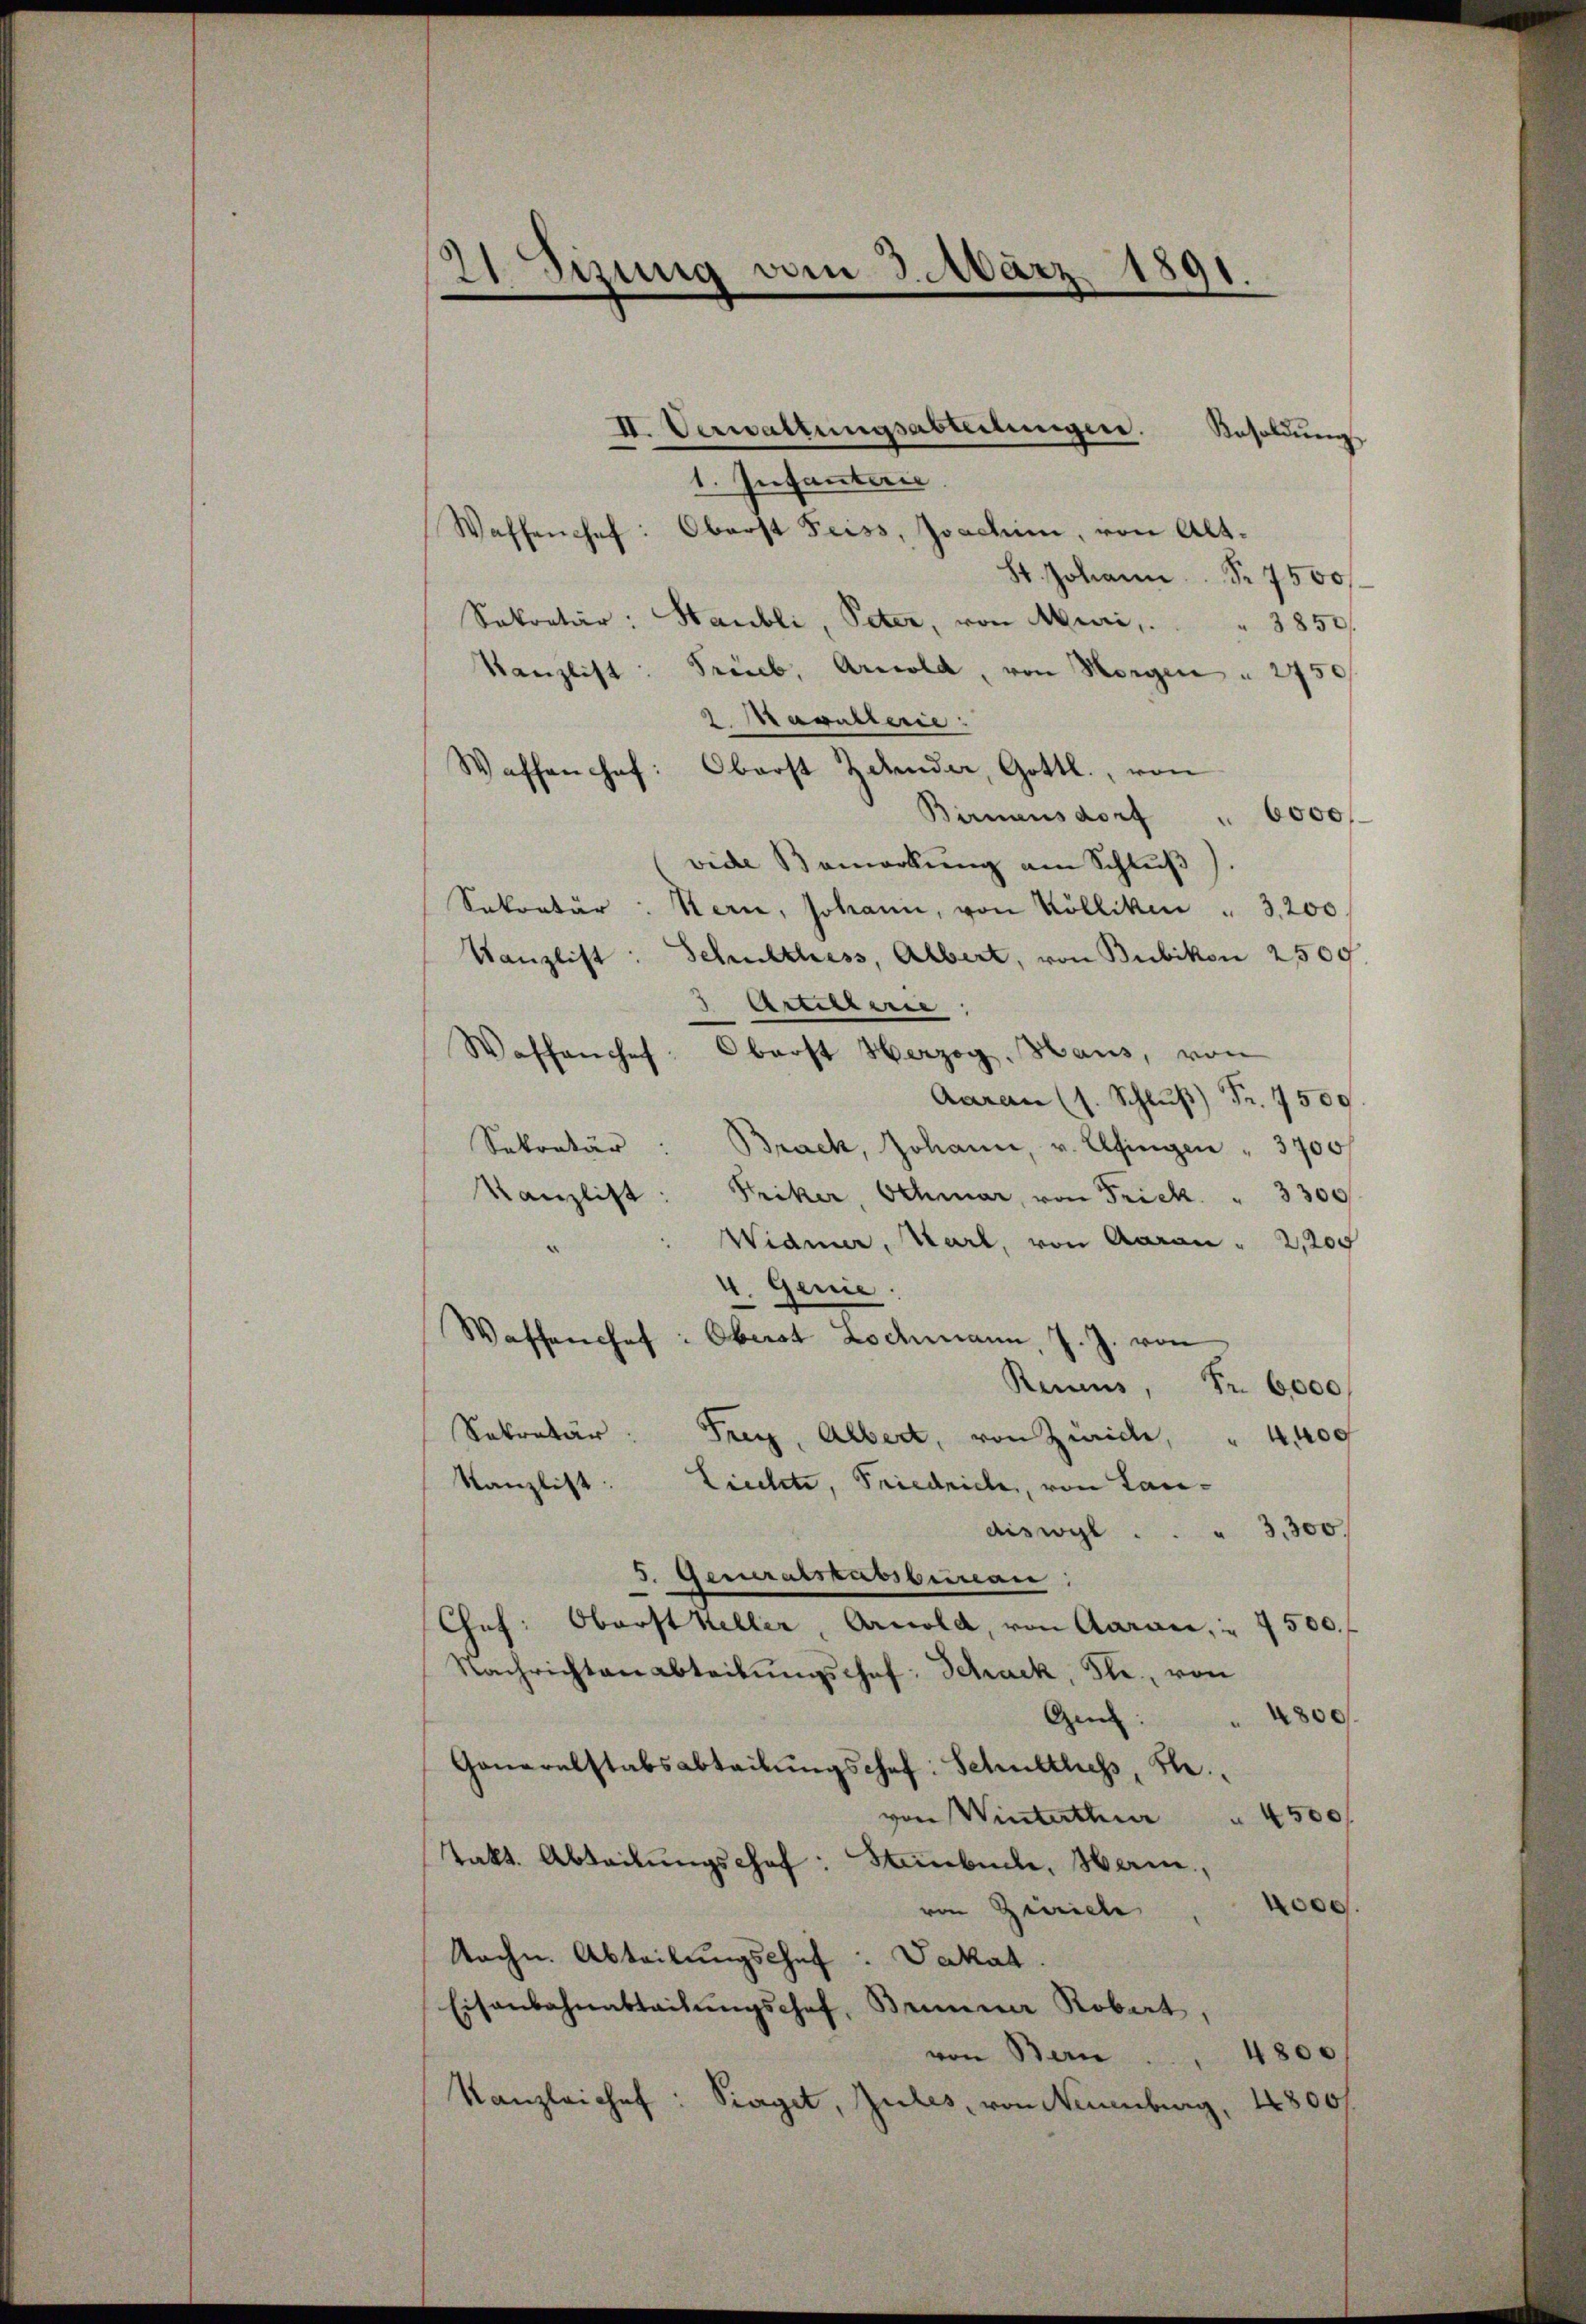
21. Sizung vom 3. März 1891.
e

II. Verwaltungsabteilungen.
Aesoldung,
1. Infanten.
Waffenhef: Oberst Feiss, Joachim, von Alt.
St. Johann S. 7500f
Sekretär: Staubli, Peter, von Muri,     "   3850
Kanzlist: Trieb, Arnold, von Morgen " 2750
2 Masullerie
Oberst Zehnder, Gottl., von
Waffen hof:
Birmensdorf
 6000 f.
vide Bemerkŭng am Schlŭβ).
Sekretär: Stern, Johann, von Kölliken " 3,200
Kanzlist: Schulthess, Albert, von Bubikon 2500.
Arterarie
Oberst Herzog. Haus, von
Waffenhef
Aarau (s. Schlŭβ Fr. 7509.
Sekretär: Brack, Johann, v. Elfingen " 3700f
Kanzlist: Friker, Schmar, von Frick " 3300
Widmer, Karl, von Aarau " 2,200
4. Genie
Waffenhef: Oberst Lochmann, J. J. von
Reims, Fr. 6000
Sekretär: Frey, Albert, von Zürich, " 4,400
Kanzlist: Liechte, Friedrich, von Landiswyl . . . 3300.
5. Generatskassbureau
Chef: Oberst Keller, Arnold, von Aarau, " 7500.
Nachrichten abtritŭngschef: Schack, Fle., von
Ges: " 4800
Generalstabsabteilŭngschef: Schulthess, S.
von Winterthur 4500
Takt. Abteilŭngschof: Stenbuch, Harm,
e
von Zürich
Sache. Abteilungschef : Dakal
Eisenbahnabteilungschef, Brenner Robert,
4800
von Bern ...
1800/
Kanzlichef: Traget, Zules, von Neuenburg